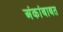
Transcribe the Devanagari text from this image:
अंकांबाबत